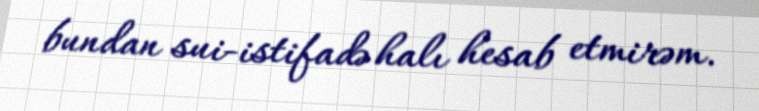
bundan sui-istifadə halı hesab etmirəm.